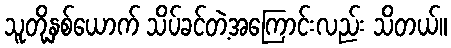
သူတို့နှစ်ယောက် သိပ်ခင်တဲ့အကြောင်းလည်း သိတယ်။